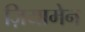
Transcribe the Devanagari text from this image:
ज़ियामेन